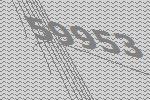
59953